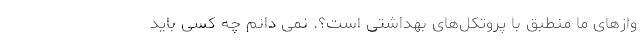
وازهای ما منطبق با پروتکل‌های بهداشتی است؟. نمی دانم چه کسی باید